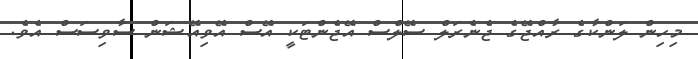
މިހިން ލަންކާގެ ރާއްޖޭގެ ޖެނެރަލް ސޭލްސް އޭޖެންޓަކީ އޭސް އޭވިއޭޝަން ސާވިސަސް އެވެ.